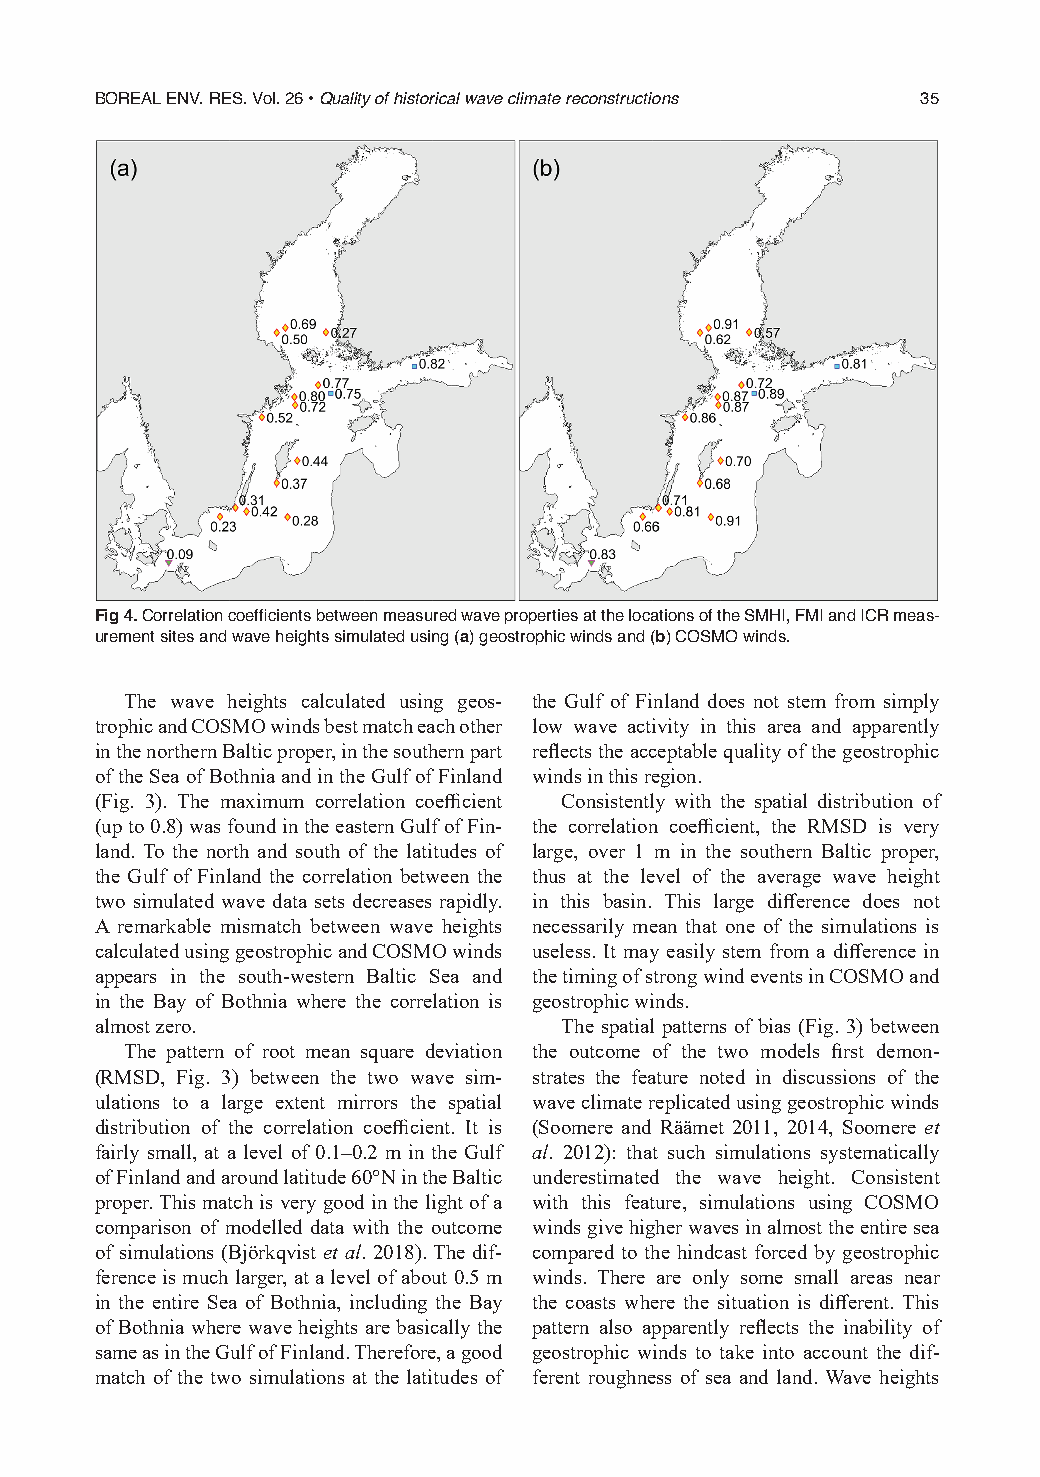
BOREAL ENV. RES. Vol. 26 • Quality of historical wave climate reconstructions 35
 Fig 4. Correlation coefficients between measured wave properties at the locations of the SMHI, FMI and ICR meas-
 urement sites and wave heights simulated using (a) geostrophic winds and (b) COSMO winds.
 The wave heights calculated using geos- the Gulf of Finland does not stem from simply
 trophic and COSMO winds best match each other low wave activity in this area and apparently
 in the northern Baltic proper, in the southern part reflects the acceptable quality of the geostrophic
 of the Sea of Bothnia and in the Gulf of Finland winds in this region.
 (Fig. 3). The maximum correlation coefficient Consistently with the spatial distribution of
 (up to 0.8) was found in the eastern Gulf of Fin- the correlation coefficient, the RMSD is very
 land. To the north and south of the latitudes of large, over 1 m in the southern Baltic proper,
 the Gulf of Finland the correlation between the thus at the level of the average wave height
 two simulated wave data sets decreases rapidly. in this basin. This large difference does not
 A remarkable mismatch between wave heights necessarily mean that one of the simulations is
 calculated using geostrophic and COSMO winds useless. It may easily stem from a difference in
 appears in the south-western Baltic Sea and the timing of strong wind events in COSMO and
 in the Bay of Bothnia where the correlation is geostrophic winds.
 almost zero.                   The spatial patterns of bias (Fig. 3) between
 The pattern of root mean square deviation the outcome of the two models first demon-
 (RMSD, Fig. 3) between the two wave sim- strates the feature noted in discussions of the
 ulations to a large extent mirrors the spatial wave climate replicated using geostrophic winds
 distribution of the correlation coefficient. It is (Soomere and Räämet 2011, 2014, Soomere et
 fairly small, at a level of 0.1–0.2 m in the Gulf al. 2012): that such simulations systematically
 of Finland and around latitude 60°N in the Baltic underestimated the wave height. Consistent
 proper. This match is very good in the light of a with this feature, simulations using COSMO
 comparison of modelled data with the outcome winds give higher waves in almost the entire sea
 of simulations (Björkqvist et al. 2018). The dif- compared to the hindcast forced by geostrophic
 ference is much larger, at a level of about 0.5 m winds. There are only some small areas near
 in the entire Sea of Bothnia, including the Bay the coasts where the situation is different. This
 of Bothnia where wave heights are basically the pattern also apparently reflects the inability of
 same as in the Gulf of Finland. Therefore, a good geostrophic winds to take into account the dif-
 match of the two simulations at the latitudes of ferent roughness of sea and land. Wave heights